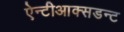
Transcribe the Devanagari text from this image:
ऐन्टीआक्सडन्ट